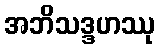
အဘိသဒ္ဒဟဿု